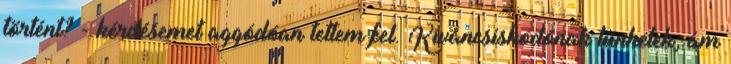
történt? - kérdésemet aggódóan tettem fel. Kíváncsiskodónak tűnhetek, ám